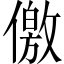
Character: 儌